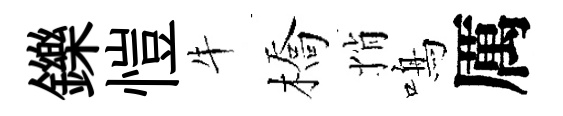
鑠愷牛橋悄鳴厲